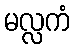
မလ္လကံ